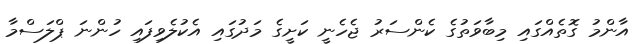
އާންމު ގޮތެއްގައި މިބާވަތުގެ ކެންސަރު ޖެހެނީ ކަށީގެ މަދުގައި އެކުލެވިފައި ހުންނަ ޕްލަސްމާ